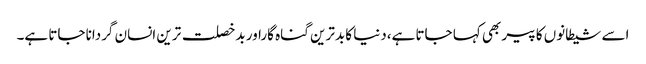
اسے شیطانوں کا پیر بھی کہا جاتا ہے،دنیا کا بدترین گناہ گاراور بدخصلت ترین انسان گردانا جاتا ہے۔